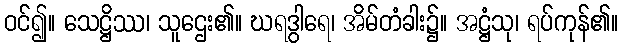
ဝင်၍။ သေဋ္ဌိဿ၊ သူဌေး၏။ ဃရဒွါရေ၊ အိမ်တံခါး၌။ အဋ္ဌံသု၊ ရပ်ကုန်၏။